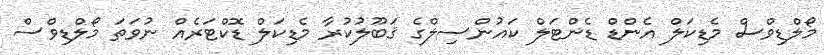
މޯލްޑިވްސް މެޑިކަލް އެންޑް ޑެންޓަލް ކައުންސިލްގެ ޤަބޫލުކުރާ މެޑިކަލް ޑޮކްޓަރެއް ނުވަތަ މޯލްޑިވްސް